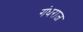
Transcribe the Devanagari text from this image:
गंधराज